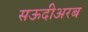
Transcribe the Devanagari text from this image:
सऊदीअरब